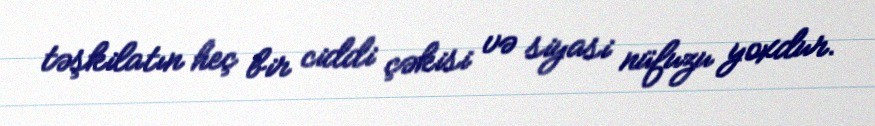
təşkilatın heç bir ciddi çəkisi və siyasi nüfuzu yoxdur.